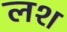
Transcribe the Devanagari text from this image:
लश